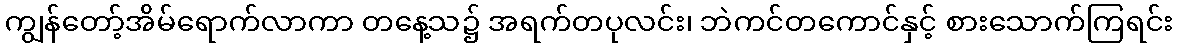
ကျွန်တော့်အိမ်ရောက်လာကာ တနေ့သ၌ အရက်တပုလင်း၊ ဘဲကင်တကောင်နှင့် စားသောက်ကြရင်း